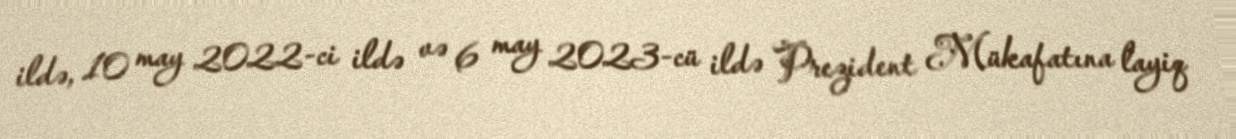
ildə, 10 may 2022-ci ildə və 6 may 2023-cü ildə Prezident Mükafatına layiq